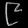
Digit: ၉